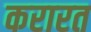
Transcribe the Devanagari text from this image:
करारत